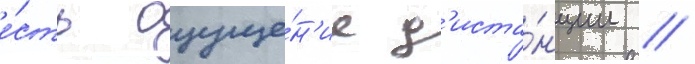
е́сть ощуще́н'ие д'иста́нции //